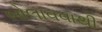
બોલાવવાથી